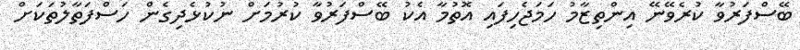
ބޭސްފަރުވާ ކުރެވޭނޭ އިންތިޒާމު ހަމަޖެހިފައި އޮތުމާ އެކު ބޭސްފަރުވާ ކުރުމަށް ނުކުޅެދިގެން ހަސްފަތާލުތަކަށް